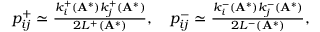
\begin{array} { r } { p _ { i j } ^ { + } \simeq \frac { k _ { i } ^ { + } ( \mathbf { A } ^ { * } ) k _ { j } ^ { + } ( \mathbf { A } ^ { * } ) } { 2 L ^ { + } ( \mathbf { A } ^ { * } ) } , \quad p _ { i j } ^ { - } \simeq \frac { k _ { i } ^ { - } ( \mathbf { A } ^ { * } ) k _ { j } ^ { - } ( \mathbf { A } ^ { * } ) } { 2 L ^ { - } ( \mathbf { A } ^ { * } ) } , } \end{array}